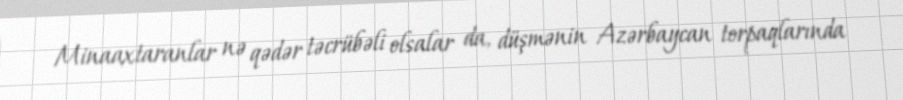
Minaaxtaranlar nə qədər təcrübəli olsalar da, düşmənin Azərbaycan torpaqlarında